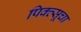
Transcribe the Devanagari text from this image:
पिक्त्सूचा